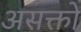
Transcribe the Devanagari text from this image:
असक्तों